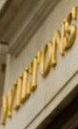
WILTONS